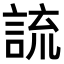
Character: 𧨆